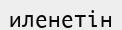
иленетін